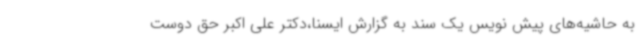
به حاشیه‌های پیش نویس یک سند به گزارش ایسنا،دکتر علی اکبر حق ‌دوست